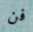
فن